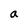
Character: a